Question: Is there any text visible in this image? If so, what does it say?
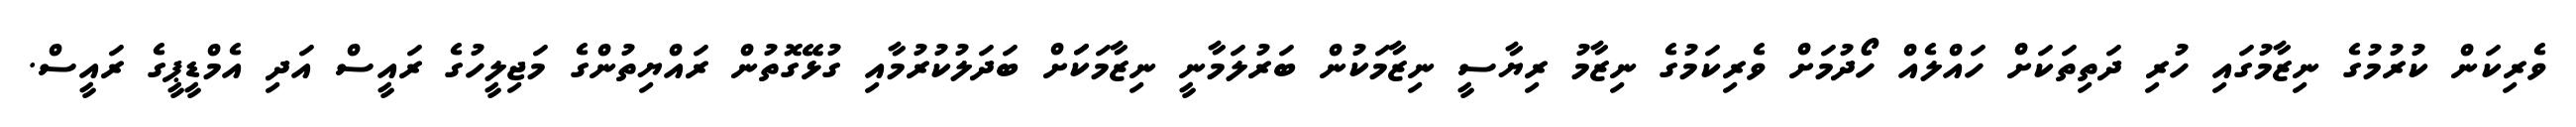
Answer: ވެރިކަން ކުރުމުގެ ނިޒާމުގައި ހުރި ދަތިތަކަށް ހައްލެއް ހޯދުމަށް ވެރިކަމުގެ ނިޒާމު ރިޔާސީ ނިޒާމަކުން ބަރުލަމާނީ ނިޒާމަކަަށް ބަދަލުކުރުމާއި ގުޅޭގޮތުން ރައްޔިތުންގެ މަޖިލީހުގެ ރައީސް އަދި އެމްޑީޕީގެ ރައީސް.